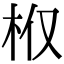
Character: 𣏘